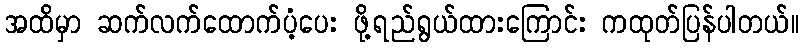
အထိမှာ ဆက်လက်ထောက်ပံ့ပေး ဖို့ရည်ရွယ်ထားကြောင်း ကထုတ်ပြန်ပါတယ်။